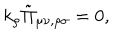
LaTeX: k _ { \rho } \tilde { \Pi } _ { \mu \nu , \rho \sigma } = 0 ,